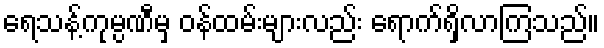
ရေသန့်ကုမ္ပဏီမှ ဝန်ထမ်းများလည်း ရောက်ရှိလာကြသည်။